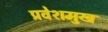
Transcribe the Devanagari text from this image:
प्रवेशमुख